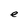
Character: e